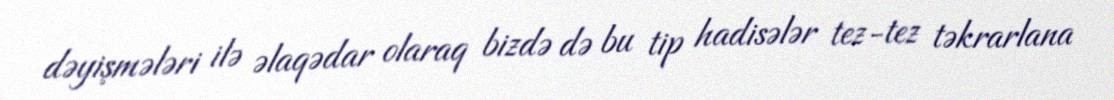
dəyişmələri ilə əlaqədar olaraq bizdə də bu tip hadisələr tez-tez təkrarlana